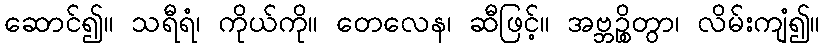
ဆောင်၍။ သရီရံ၊ ကိုယ်ကို။ တေလေန၊ ဆီဖြင့်။ အဗ္ဘဉ္စိတွာ၊ လိမ်းကျံ၍။